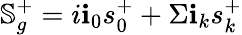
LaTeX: \mathbb{S}_{g}^{+}=i\textbf{i}_{0}s_{0}^{+}+\Sigma\textbf{i}_{k}s_{k}^{+}